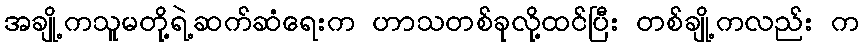
အချို့ကသူမတို့ရဲ့ဆက်ဆံရေးက ဟာသတစ်ခုလို့ထင်ပြီး တစ်ချို့ကလည်း က